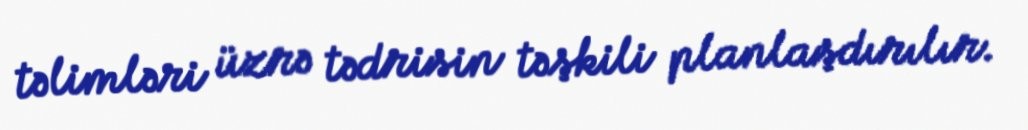
təlimləri üzrə tədrisin təşkili planlaşdırılır.